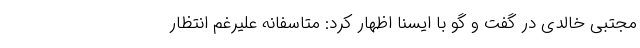
مجتبی خالدی در گفت و گو با ایسنا اظهار کرد: متاسفانه علیرغم انتظار